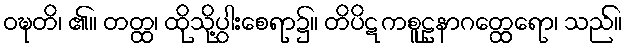
ဝဍ္ဎတိ၊ ၏။ တတ္ထ၊ ထိုသို့ပွါးစေရာ၌။ တိပိဋကစူဠနာဂတ္ထေရော၊ သည်။